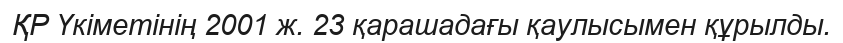
ҚР Үкіметінің 2001 ж. 23 қарашадағы қаулысымен құрылды.